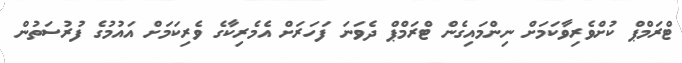
ޓްރަމްޕް ކުށްވެރިވާކަމަށް ނިންމައިގެން ޓްރަމްޕް ދެވަނަ ފަހަރަށް އެމެރިކާގެ ވެރިކަމަށް އައުމުގެ ފުރުސަތުން